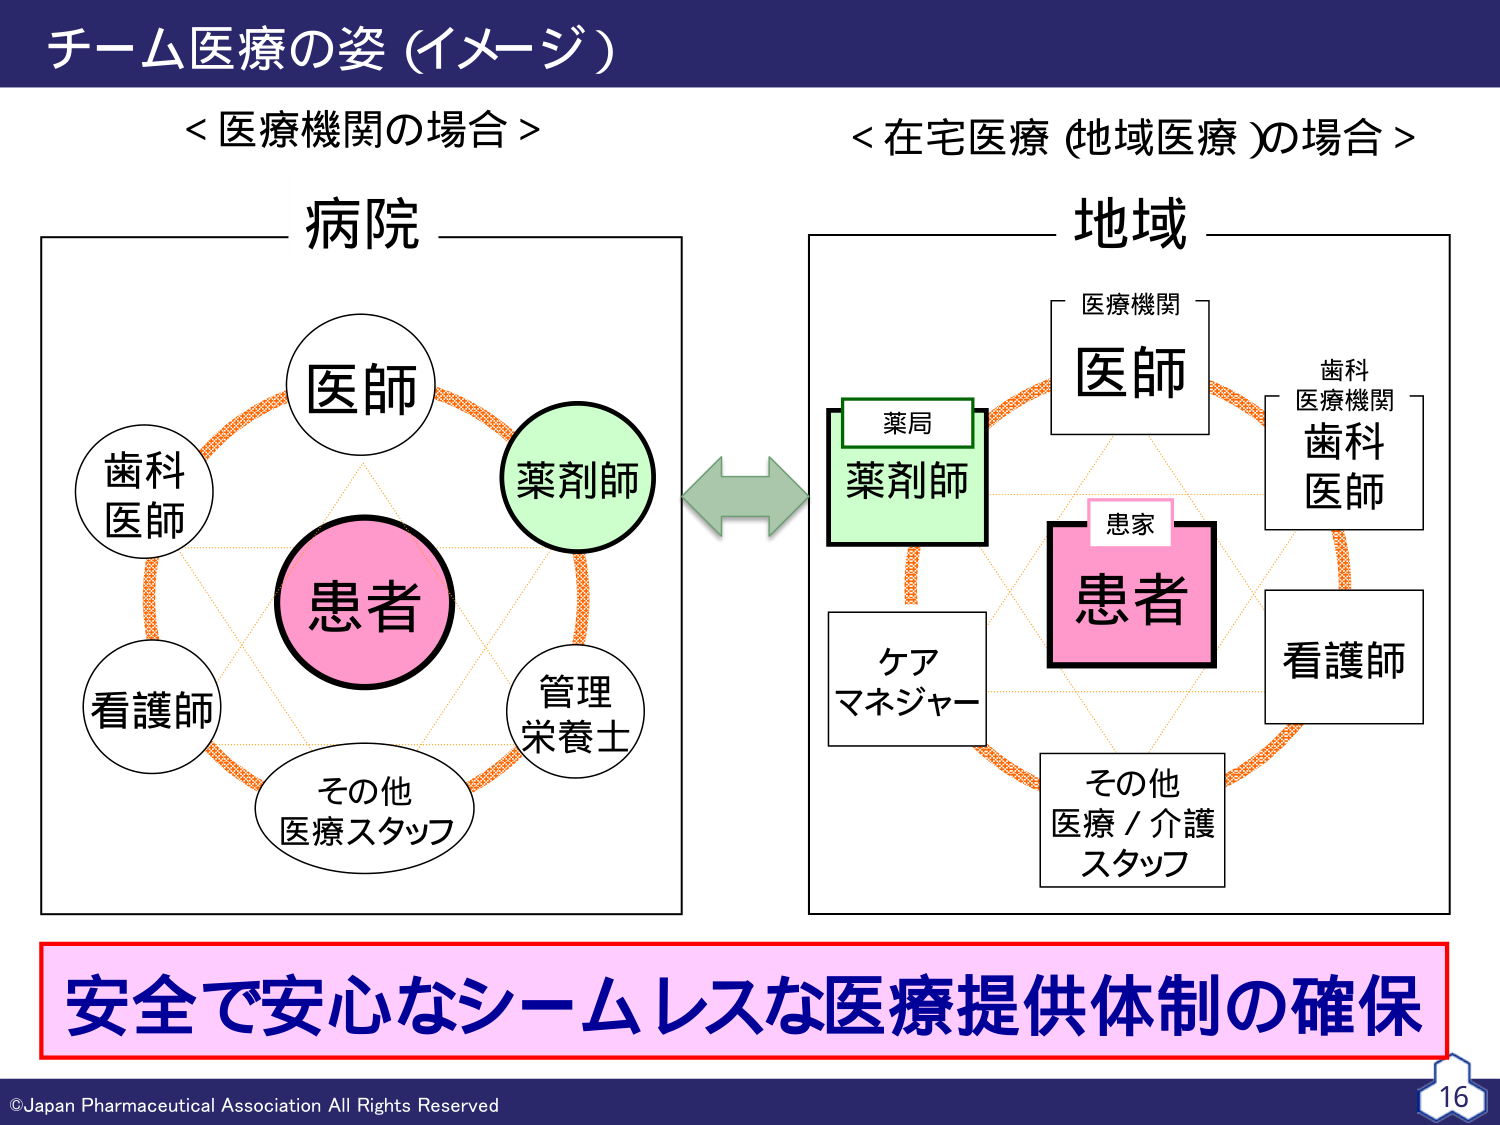
チーム医療の姿（イメージ）

＜医療機関の場合＞
病院
医師
歯科医師
薬剤師
看護師
管理栄養士
その他
医療スタッフ
患者

＜在宅医療（地域医療）の場合＞
地域
医療機関
医師
歯科
医療機関
歯科医師
薬局
薬剤師
患者
患家
ケア
マネジャー
看護師
その他
医療／介護
スタッフ

安全で安心なシームレスな医療提供体制の確保

©Japan Pharmaceutical Association All Rights Reserved
16